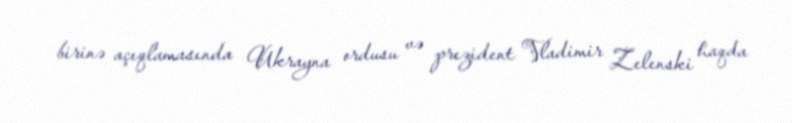
birinə açıqlamasında Ukrayna ordusu və prezident Vladimir Zelenski haqda